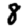
Digit: 8